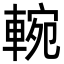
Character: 䡝